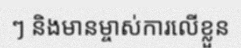
ៗ និងមានម្ចាស់ការលើខ្លួន